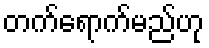
တက်ရောက်မည်ဟု